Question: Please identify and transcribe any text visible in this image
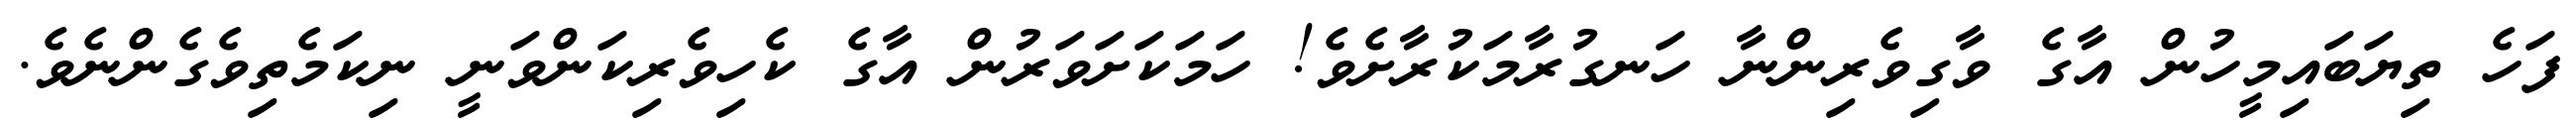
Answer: ފަހެ ތިޔަބައިމީހުން އާގެ ވާގިވެރިންނާ ހަނގުރާމަކުރާށެވެ! ހަމަކަށަވަރުން އާގެ ކެހިވެރިކަންވަނީ ނިކަމެތިވެގެންނެވެ.